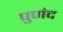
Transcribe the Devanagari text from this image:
पुणंद